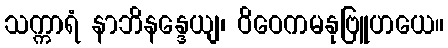
သက္ကာရံ နာဘိနန္ဒေယျ၊ ဝိဝေကမနုဗြူဟယေ။